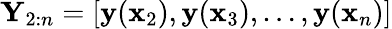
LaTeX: \mathbf Y_{2:n}=[\mathbf{y}(\mathbf x_{2}),\mathbf{y}(\mathbf x_{3}),\dots,\mathbf{y}(\mathbf x_{n})]